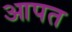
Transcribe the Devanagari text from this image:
आपत